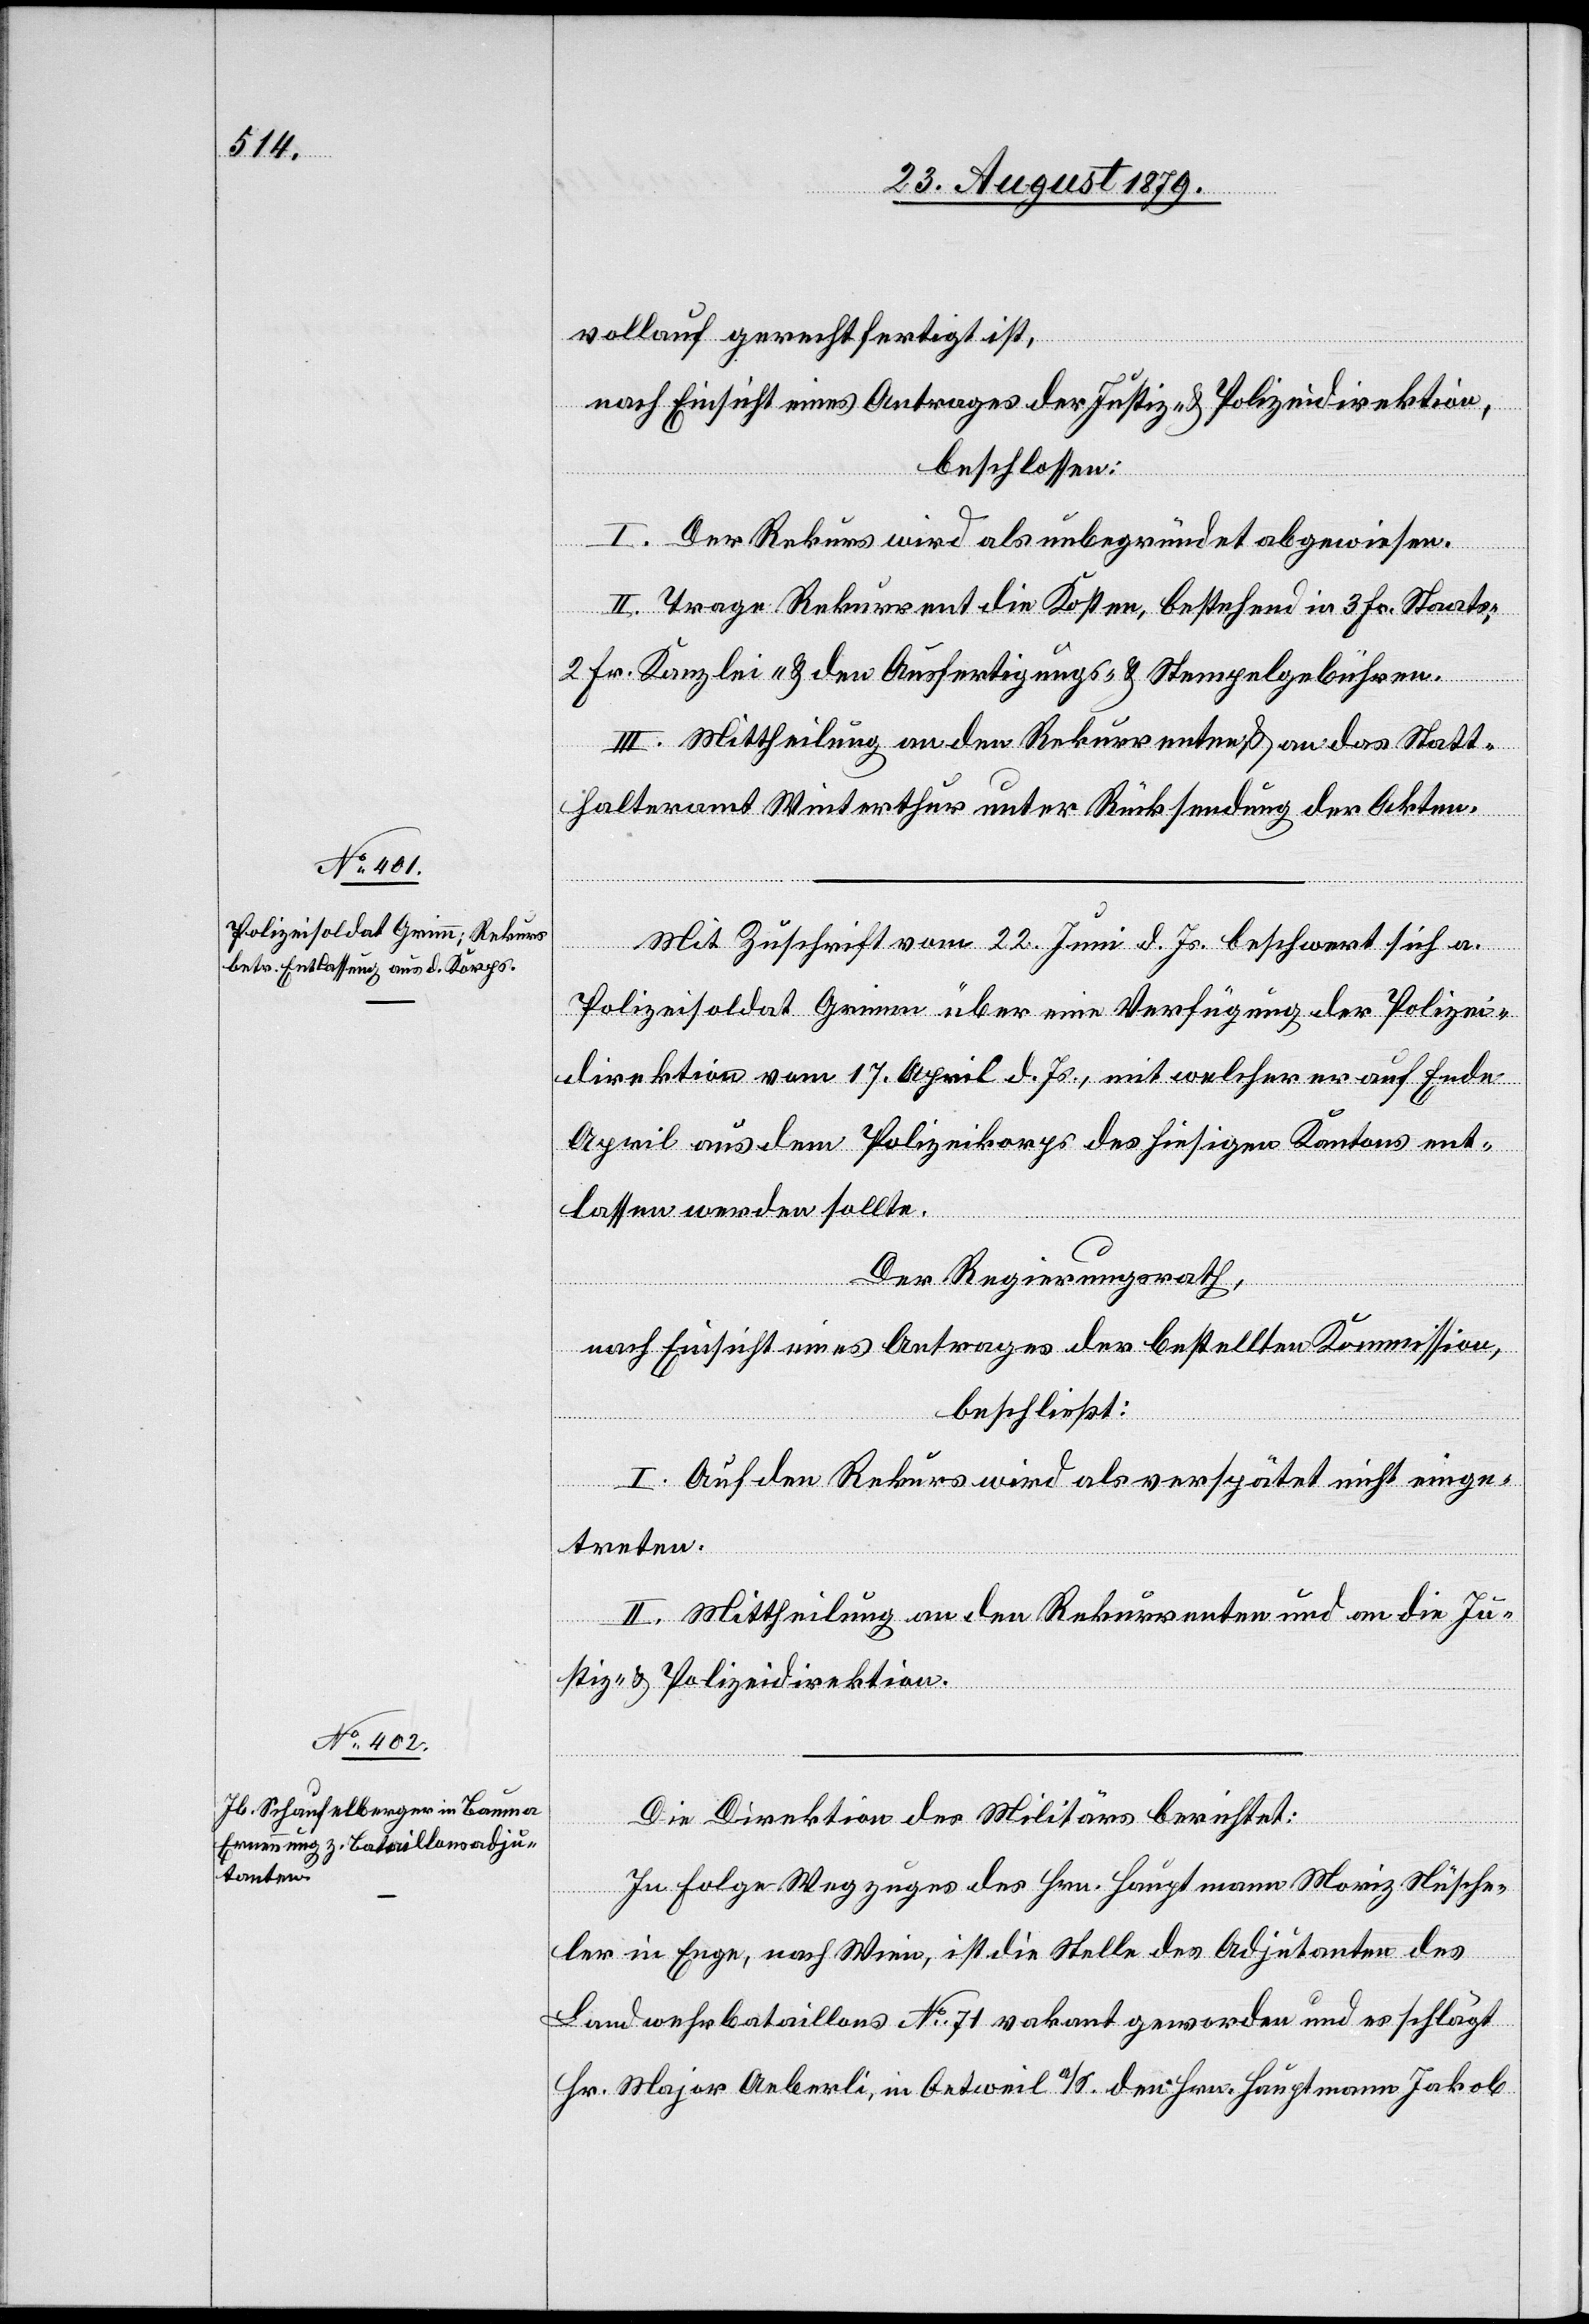
vollauf gerechtfertigt ist,
nach Einsicht eines Antrages der Justiz- & Polizeidirektion,
beschlossen:
I. Der Rekurs wird als unbegründet abgewiesen.
II. Trage Rekurrent die Kosten, bestehend in 3 Fr. Staats-,
2 Fr. Kanzlei- & den Ausfertigungs- und Stempelgebühren.
III. Mittheilung an den Rekurrenten & an das Statt¬
halteramt Winterthur unter Rücksendung der Akten.
Mit Zuschrift vom 22. Juni d. Js. beschwert sich a.
Polizeisoldat Grimm über eine Verfügung der Polizei¬
direktion vom 17. April d. Js., mit welcher er auf Ende
April aus dem Polizeikorps des hiesigen Kantons ent¬
lassen werden sollte.
Der Regierungsrath,
nach Einsicht eines Antrages der bestellten Kommission,
beschließt:
I. Auf den Rekurs wird als verspätet nicht einge¬
treten.
II. Mittheilung an den Rekurrenten und an die Ju¬
stiz- & Polizeidirektion.
Die Direktion des Militärs berichtet:
In Folge Wegzuges des Hrn. Hauptmann Moriz Nüsche¬
ler in Enge, nach Wien, ist die Stelle des Adjutanten des
Landwehrbataillons No 71 vakant geworden und es schlägt
Hr. Major Aeberli, in Oetweil a/S. den Hrn. Hauptmann Jakob